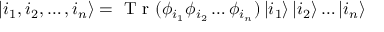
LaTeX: \left| { i _ { 1 } , i _ { 2 } , \ldots , i _ { n } } \right\rangle = { \textnormal { T r } } ( \phi _ { i _ { 1 } } \phi _ { i _ { 2 } } \ldots \phi _ { i _ { n } } ) \left| { i _ { 1 } } \right\rangle \left| { i _ { 2 } } \right\rangle \ldots \left| { i _ { n } } \right\rangle